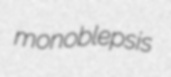
monoblepsis